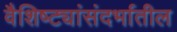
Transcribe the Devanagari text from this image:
वैशिष्ट्यांसंदर्भातील